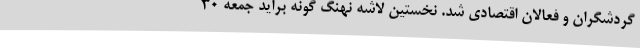
گردشگران و فعالان اقتصادی شد. نخستین لاشه نهنگ گونه براید جمعه 30